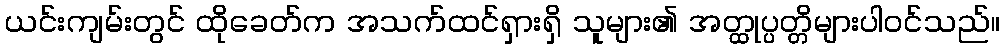
ယင်းကျမ်းတွင် ထိုခေတ်က အသက်ထင်ရှားရှိ သူများ၏ အတ္ထုပ္ပတ္တိများပါဝင်သည်။